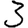
Digit: 3